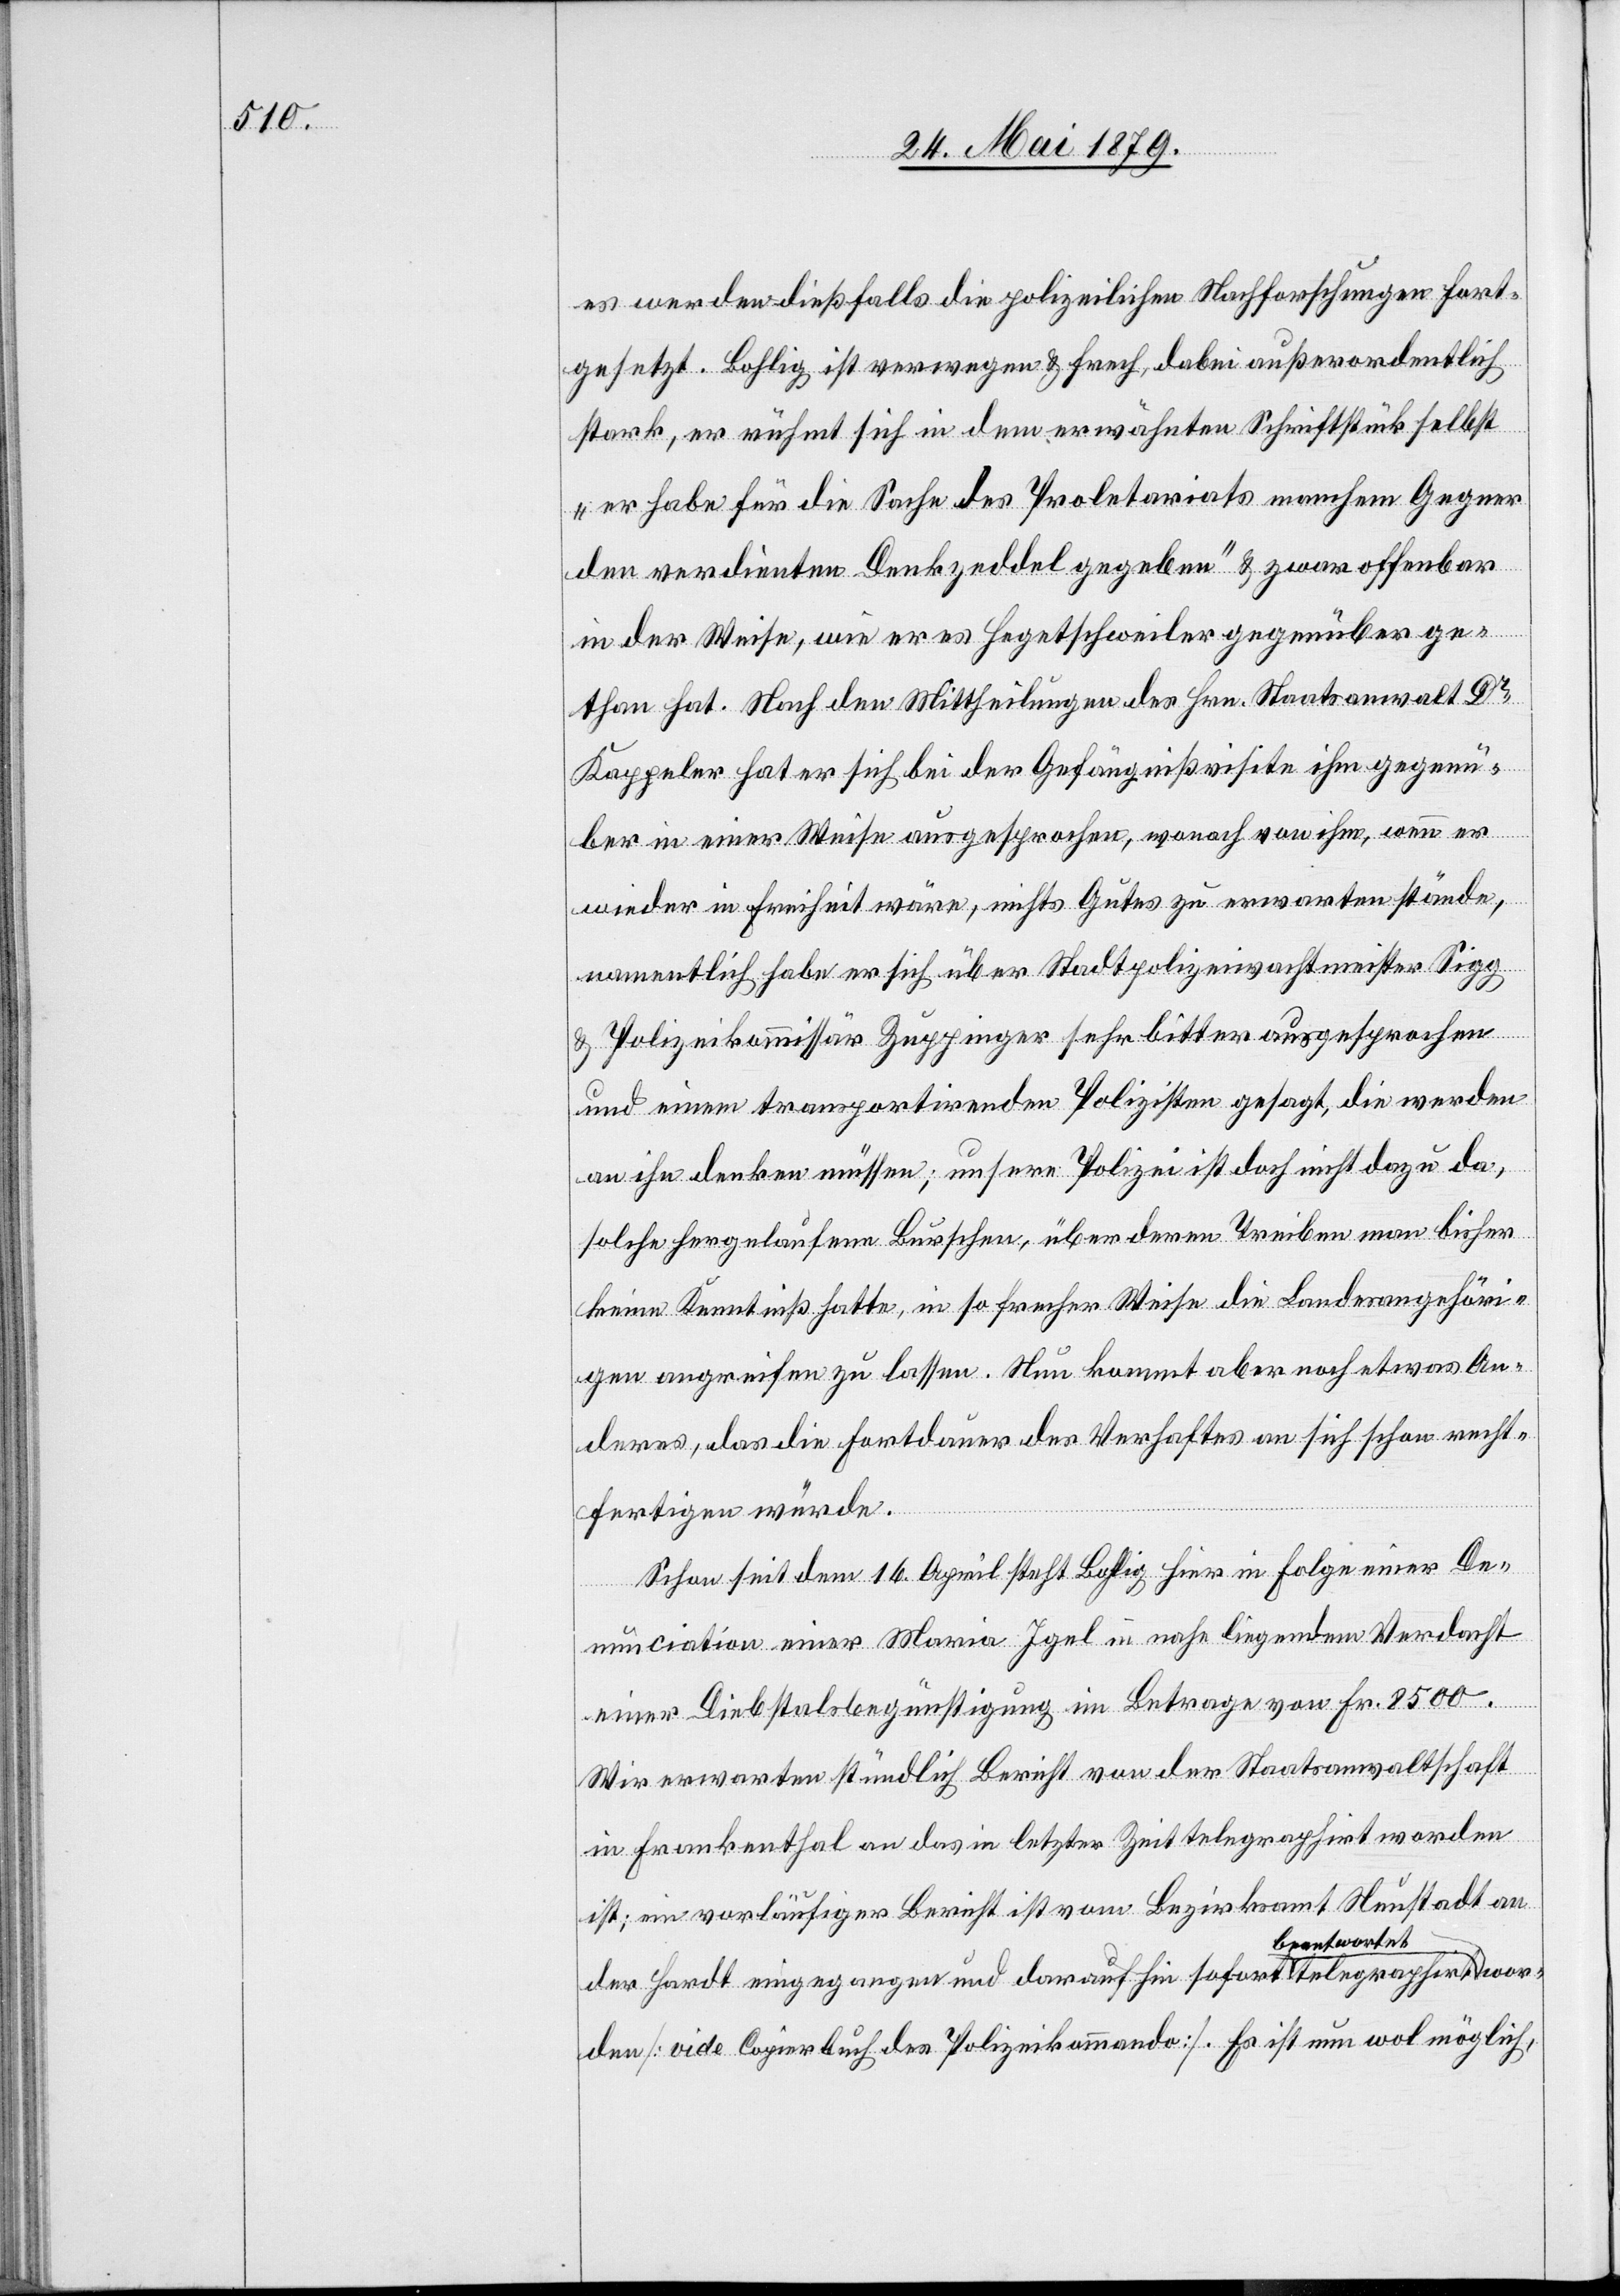
es werden dießfalls die polizeilichen Nachforschungen fort¬
gesetzt. Bohlig ist verwegen & frech, dabei außerordentlich
stark, er rühmt sich in dem erwähnten Schriftstück selbst
„er habe für die Sache des Proletariats manchem Gegner
den verdienten Denkzeddel gegeben“ & zwar offenbar
in der Weise, wie er es Hegetschweiler gegenüber ge¬
than hat. Nach den Mittheilungen des Hrn. Staatsanwalt Dr
Kappeler hat er sich bei der Gefängnißvisite ihm gegenü¬
ber in einer Weise ausgesprochen, wonach von ihm, wenn er
wieder in Freiheit wäre, nichts Gutes zu erwarten stände,
namentlich habe er sich über Stadtpolizeiwachtmeister Sigg
& Polizeikommissär Zuppinger sehr bitter ausgesprochen
und einem transportirenden Polizisten gesagt, die werden
an ihn denken müssen; unsere Polizei ist doch nicht dazu da,
solche hergelaufene Burschen, über deren Treiben man bisher
keine Kenntniß hatte, in so frecher Weise die Landesangehöri¬
gen angreifen zu lassen. Nun kommt aber noch etwas An¬
deres, das die Fortdauer des Verhaftes an sich schon recht¬
fertigen würde.
Schon seit dem 16. April steht Bohlig hier in Folge einer De¬
nunciation einer Maria Igel in nahe liegendem Verdacht
einer Diebstalsbegünstigung im Betrage von Fr. 8500.
Wir erwarten stündlich Bericht von der Staatsanwaltschaft
in Frankenthal an das in letzter Zeit telegraphirt worden
ist; ein vorläufiger Bericht ist vom Bezirksamt Neustadt an
beantwortet
der Hardt eingegangen und darauf hin sofort telegraphirt
rden [vide Copierbuch des Polizeikommando]. Es ist nun wol möglich,

wo¬